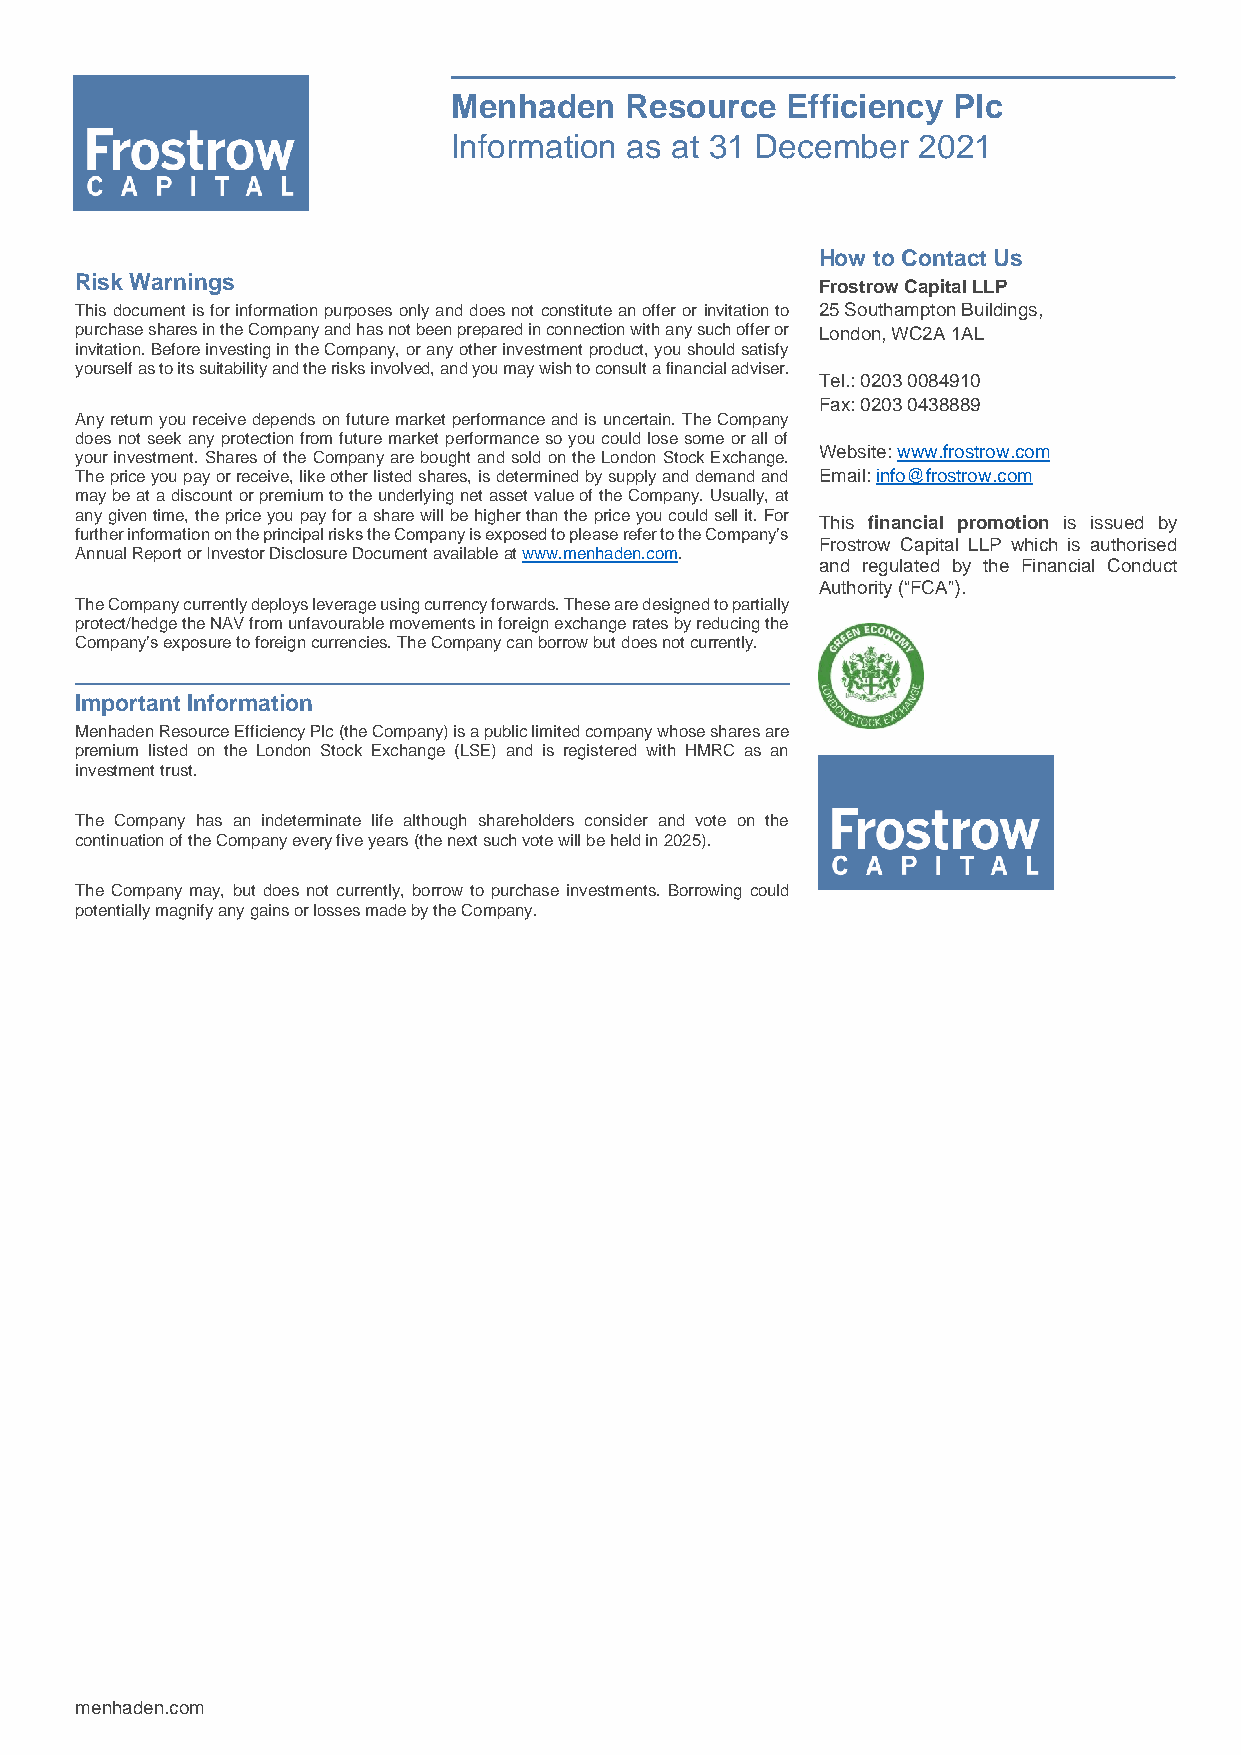
Menhaden   Resource   Efficiency Plc
 Information as at 31 December  2021
 How to Contact Us
 Risk Warnings
 Frostrow Capital LLP
 This document is for information purposes only and does not constitute an offer or invitation to 25 Southampton Buildings,
 purchase shares in the Company and has not been prepared in connection with any such offer or London, WC2A 1AL
 invitation. Before investing in the Company, or any other investment product, you should satisfy
 yourself as to its suitability and the risks involved, and you may wish to consult a financial adviser.
 Tel.: 0203 0084910
 Fax: 0203 0438889
 Any return you receive depends on future market performance and is uncertain. The Company
 does not seek any protection from future market performance so you could lose some or all of
 Website: www.frostrow.com
 your investment. Shares of the Company are bought and sold on the London Stock Exchange.
 The price you pay or receive, like other listed shares, is determined by supply and demand and Email: info@frostrow.com
 may be at a discount or premium to the underlying net asset value of the Company. Usually, at
 any given time, the price you pay for a share will be higher than the price you could sell it. For
 This financial promotion is issued by
 further information on the principal risks the Company is exposed to please refer to the Company’s
 Frostrow Capital LLP which is authorised
 Annual Report or Investor Disclosure Document available at www.menhaden.com.
 and regulated by the Financial Conduct
 Authority (“FCA”).
 The Company currently deploys leverage using currency forwards. These are designed to partially
 protect/hedge the NAV from unfavourable movements in foreign exchange rates by reducing the
 Company’s exposure to foreign currencies. The Company can borrow but does not currently.
 Important Information
 Menhaden Resource Efficiency Plc (the Company) is a public limited company whose shares are
 premium listed on the London Stock Exchange (LSE) and is registered with HMRC as an
 investment trust.
 The Company has an indeterminate life although shareholders consider and vote on the
 continuation of the Company every five years (the next such vote will be held in 2025).
 The Company may, but does not currently, borrow to purchase investments. Borrowing could
 potentially magnify any gains or losses made by the Company.
 menhaden.com